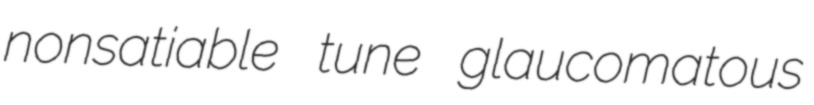
nonsatiable tune glaucomatous